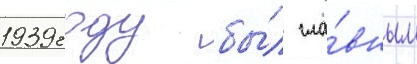
1939 году бы́л гла́вным